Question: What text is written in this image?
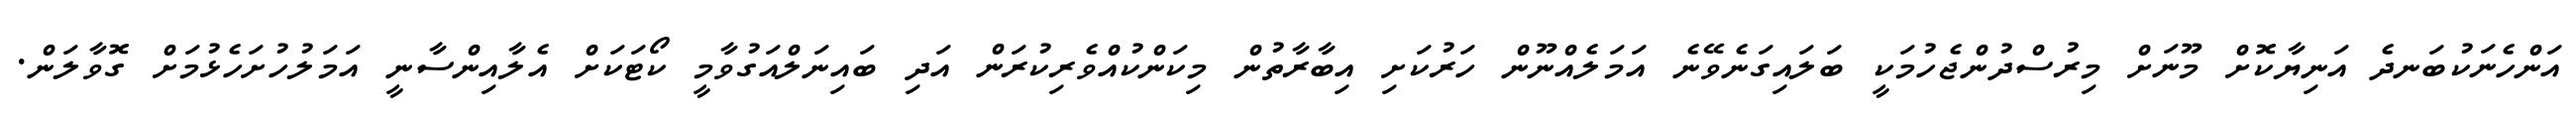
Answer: އަންހެނަކުބަނދެ އަނިޔާކޮށް މޫނަށް މިރުސްދުންޖެހުމަކީ ބަލައިގަނެވޭނެ އަމަލެއްނޫން ހަރުކަށި އިބާރާތުން މިކަންކުއްވެރިކުރަން އަދި ބައިނަލްއަގުވާމީ ކޯޓަކަށް އެލާއިންސާނީ އަމަލުހުށަހެޅުމަށް ގޮވާލަން.